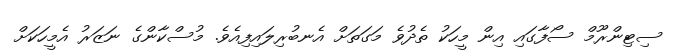
ސިޓިންރޫމް ސޯފާގައި އިން މީހަކު ތެދުވެ މަގަތަށް އެނބުރިލައިފިއެވެ. މުސްކާންގެ ނަޒަރު އެމީހަކަށް